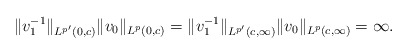
\begin{align*}\|v_1^{-1}\|_{{L^{p'}(0,c)}}\|v_0\|_{{L^p}(0,c)} = \|v_1^{-1}\|_{L^{p'}(c,\infty)}\|v_0\|_{L^p(c,\infty)} = \infty.\end{align*}